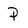
Character: p